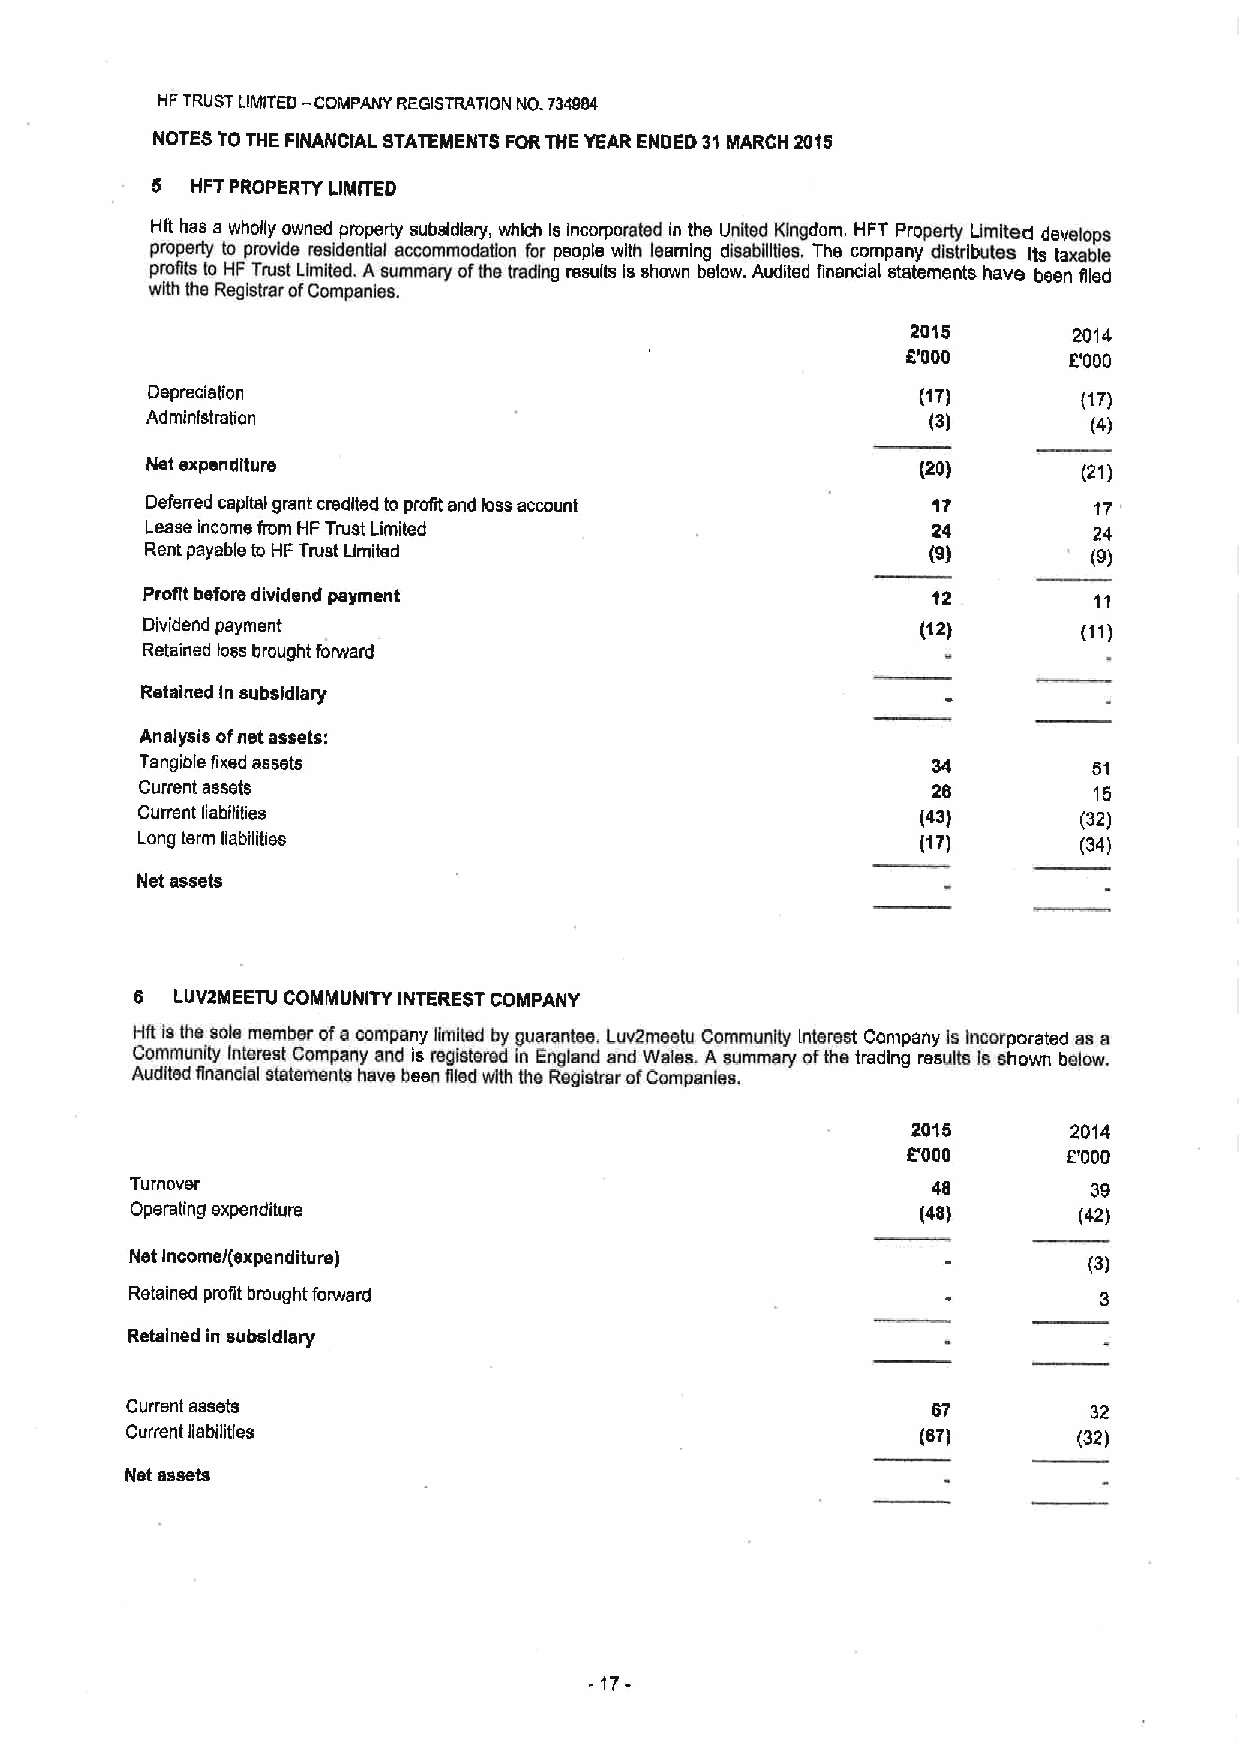
HFTRUST LIMITED — COMPANY REGISTRATION NO.734984
 NOTES TO THE FINANCIAL STATEMENTS FORTHE YEAR ENDED 31MARCH 20'I5
 5  HFT PROPERTY LIMITED
 Hft has a wholly owned property subsidiary, which Is incorporated in the United Kingdom. HFT Properly Limited develops
 pmperty to provide resldengal accomrnodafion for people with learning disabilities, The company dislrlbulea its laxabte
 Profits tc HF Trust Limited. Asummary ofthe trading resugs is shown below. Audited financial statements have been filsd
 with the Registrar ofCompanies.
 2015       2014
 8'000      E'000
 Depreciafion                                       (17)       (17)
 Administration                                      (3)       (4)
 Net expenditure                                    (20)       (21)
 Deferred capital grant credited to profit end loss account 17 17
 Lease income from HF Trust Limited                  24        24
 Rent payable to HF Trust Limited                    (9)       (9)
 Profit before dividend payment                       12
 Dividend payment                                    (12)
 Retained loss brought forward
 Retained in subsidiary
 Analysis ofnet assets:
 Tangible fixed assets                                34        51
 Current assets                                       26        15
 Current liabilities                                 (43)       (32)
 Long term liabilities                               (17)       (34)
 Net assets
 6  LUV2MEETU COMMUNITY INTEREST COMPANY
 Hft lsthe sole member ofa company fimlted by guarantee, Luv2meetu Community Interest Company ls Incorporated as a
 Community Interest company and is registered in England and wales. A summery ofthe trading results le shown below.
 Audited flnandal statements have been filed with the Regiatrarof Companhrs.
 2015       2014
 E'000      E'000
 Turnover                                             48        39
 Operating expenditure                               (48)      (42)
 Net income/(expenditure)
 (3)
 Retained profit brought forward
 Retained in subsidiary
 Current assets                                        67        32
 Current liabilities                                  (67)      (32)
 Net assets
 -17-